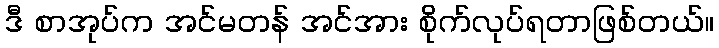
ဒီ စာအုပ်က အင်မတန် အင်အား စိုက်လုပ်ရတာဖြစ်တယ်။